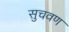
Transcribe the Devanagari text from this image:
सुचवण